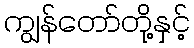
ကျွန်တော်တို့နှင့်